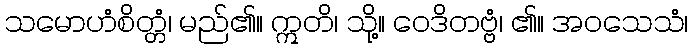
သမောဟံစိတ္တံ၊ မည်၏။ ဣတိ၊ သို့။ ဝေဒိတဗ္ဗံ၊ ၏။ အဝသေသံ၊